Source: Computer-generated
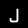
Digit: ၂ (2)